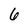
Character: 6